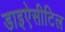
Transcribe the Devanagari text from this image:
डाइऐसीटिल